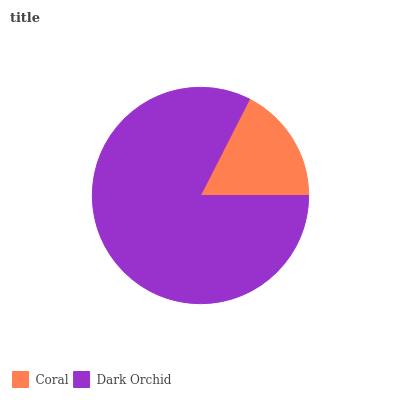
| Coral | Dark Orchid |
 | --- | --- |
 | 17.5% | 82.5% |